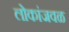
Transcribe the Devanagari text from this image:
लोकांजवळ